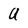
Character: A